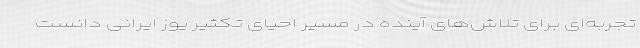
تجربه‌ای برای تلاش‌های آینده در مسیر احیای تکثیر یوز ایرانی دانست